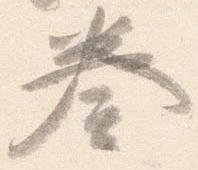
奏